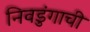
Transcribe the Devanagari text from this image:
निवडुंगाची